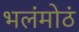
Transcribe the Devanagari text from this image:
भलंमोठं